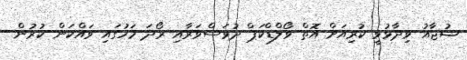
ޝުޖާއު ވިދާޅުވީ ކުރިއަށް އޮތް ވޯލްޑްކަޕް ދުވަސްވަރާއި ރޯދަ މަހުގައި ވައްކަން ކުރުން